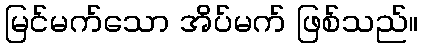
မြင်မက်သော အိပ်မက် ဖြစ်သည်။